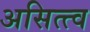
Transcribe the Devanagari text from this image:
असित्त्व